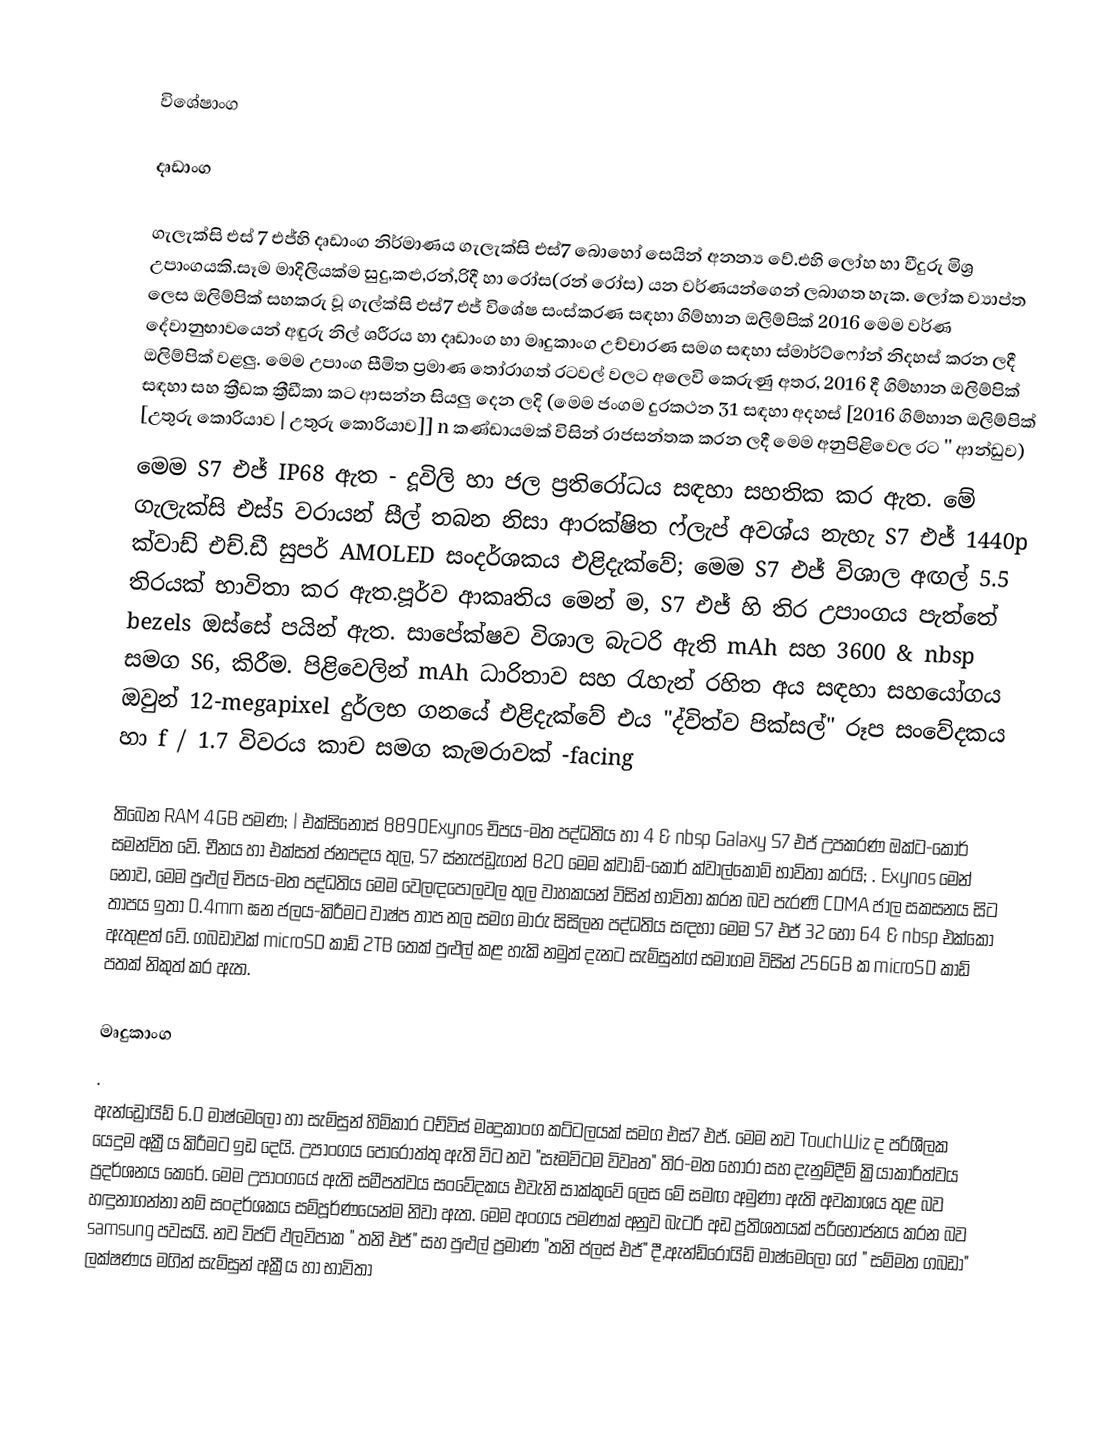

විශේෂාංග

දෘඩාංග

ගැලැක්සි එස් 7 එජ්හි දෘඩාංග නිර්මාණය ගැලැක්සි එස්7 බොහෝ සෙයින් අනන්‍ය වේ.එහි ලෝහ හා වීදුරු මිශ්‍ර උපාංගයකි.සෑම මාදිලියක්ම සුදු,කළු,රන්,රිදී හා රෝස(රන් රෝස) යන වර්ණයන්ගෙන් ලබාගත හැක. ලෝක ව්‍යාප්ත ලෙස ඔලිම්පික් සහකරු වූ ගැල්ක්සි එස්7 එජ් විශේෂ සංස්කරණ සඳහා ගිම්හාන ඔලිම්පික් 2016 මෙම වර්ණ දේවානුභාවයෙන් අඳුරු නිල් ශරීරය හා දෘඩාංග හා මෘදුකාංග උච්චාරණ සමග සඳහා ස්මාර්ට්ෆෝන් නිදහස් කරන ලදී ඔලිම්පික් වළලු. මෙම උපාංග සීමිත ප්‍රමාණ තෝරාගත් රටවල් වලට අලෙවි කෙරුණු අතර, 2016 දී ගිම්හාන ඔලිම්පික් සඳහා සහ ක්‍රීඩක ක්‍රීඩීකා කට ආසන්න සියලු දෙන ලදි (මෙම ජංගම දුරකථන 31 සඳහා අදහස් [2016 ගිම්හාන ඔලිම්පික් [උතුරු කොරියාව | උතුරු කොරියාව]] n කණ්ඩායමක් විසින් රාජසන්තක කරන ලදී මෙම අනුපිළිවෙල  රට '' ආන්ඩුව)
මෙම S7 එජ් IP68 ඇත - දූවිලි හා ජල ප්‍රතිරෝධය සඳහා සහතික කර ඇත. මේ ගැලැක්සි  එස්5 වරායන් සීල් තබන නිසා ආරක්ෂිත ෆ්ලැප් අවශ්ය නැහැ S7 එජ් 1440p ක්වාඩ් එච්.ඩී සුපර් AMOLED සංදර්ශකය එළිදැක්වේ; මෙම S7 එජ් විශාල අඟල් 5.5 තිරයක් භාවිතා කර ඇත.පූර්ව ආකෘතිය මෙන් ම, S7 එජ් හි තිර උපාංගය පැත්තේ bezels ඔස්සේ පයින් ඇත. සාපේක්ෂව විශාල බැටරි ඇති mAh සහ 3600 & nbsp සමග S6, කිරීම. පිළිවෙලින් mAh ධාරිතාව සහ රැහැන් රහිත අය සඳහා සහයෝගය  ඔවුන් 12-megapixel දුර්ලභ ගනයේ එළිදැක්වේ එය "ද්විත්ව පික්සල්" රූප සංවේදකය හා f / 1.7 විවරය කාච සමග කැමරාවක් -facing

තිබෙන RAM 4GB පමණ; | එක්සිනොස් 8890Exynos චිපය-මත පද්ධතිය හා 4 & nbsp Galaxy S7 එජ් උපකරණ ඔක්ට-කෝර් සමන්විත වේ. චීනය හා එක්සත් ජනපදය තුල, S7 ස්නැප්ඩ්‍රැගන් 820 මෙම ක්වාඩ්-කෝර් ක්වාල්කොම් භාවිතා කරයි; . Exynos මෙන් නොව, මෙම පුළුල් චිපය-මත පද්ධතිය මෙම වෙලඳපොලවල තුල වාහකයන් විසින් භාවිතා කරන බව පැරණි CDMA ජාල සකසනය සිට තාපය ඉතා 0.4mm ඝන ජලය-කිරීමට වාෂ්ප තාප නල සමග මාරු  සිසිලන පද්ධතිය සඳහා මෙම S7 එජ් 32 හෝ 64 & nbsp එක්කෝ ඇතුළත් වේ. ගබඩාවක් microSD කාඩ් 2TB තෙක් පුළුල් කළ හැකි නමුත් දැනට සැම්සුන්ග් සමාගම විසින් 256GB ක microSD කාඩ් පතක් නිකුත් කර ඇත.

මෘදුකාංග
.
ඇන්ඩ්‍රොයිඩ් 6.0 මාෂ්මෙලෝ හා සැම්සුන් හිමිකාර ටච්විස් මෘදුකාංග කට්ටලයක් සමග එස්7 එජ්. මෙම නව TouchWiz ද පරිශීලක යෙදුම අක්‍රීය කිරීමට ඉඩ දෙයි. උපාංගය පොරොත්තු ඇති විට නව "සෑමවිටම විවෘත" තිර-මත හෝරා සහ දැනුම්දීම් ක්‍රියාකාරිත්වය ප්‍රදර්ශනය කෙරේ. මෙම උපාංගයේ ඇති සමීපත්වය සංවේදකය එවැනි සාක්කුවේ ලෙස මේ සමඟ අමුණා ඇති අවකාශය තුළ බව හඳුනාගන්නා නම් සංදර්ශකය සම්පූර්ණයෙන්ම නිවා ඇත. මෙම අංගය පමණක් අනුව බැටරි අඩ ප්‍රතිශතයක් පරිභෝජනය කරන බව samsung පවසයි. නව විජට් ඵලවිපාක " තනි එජ්" සහ පුළුල් ප්‍රමාණ "තනි ප්ලස් එජ්" දී,ඇන්ඩ්රොයිඩ් මාෂ්මෙලෝ ගේ " සම්මත ගබඩා" ලක්ෂණය මගින් සැම්සුන් අක්‍රීය හා භාවිතා